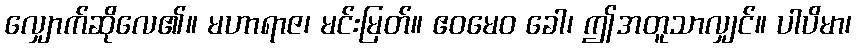
လျှောက်ဆိုလေ၏။ မဟာရာဇ၊ မင်းမြတ်။ ဧဝမေဝ ခေါ၊ ဤအတူသာလျှင်။ ပါပိမာ၊